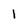
Character: 1